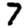
Digit: 7